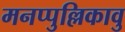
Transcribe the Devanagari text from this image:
मनप्पुल्लिकावु